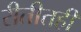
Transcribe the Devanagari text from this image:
रीतीतही